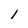
Character: 1